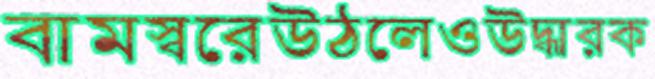
বামস্বরেউঠলেওউদ্ধারক